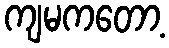
ကျမကတော့